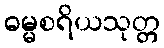
ဓမ္မစရိယသုတ္တ